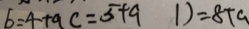
b = 4 + a c = 5 + 9 1 ) = 8 + a